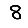
Digit: 8